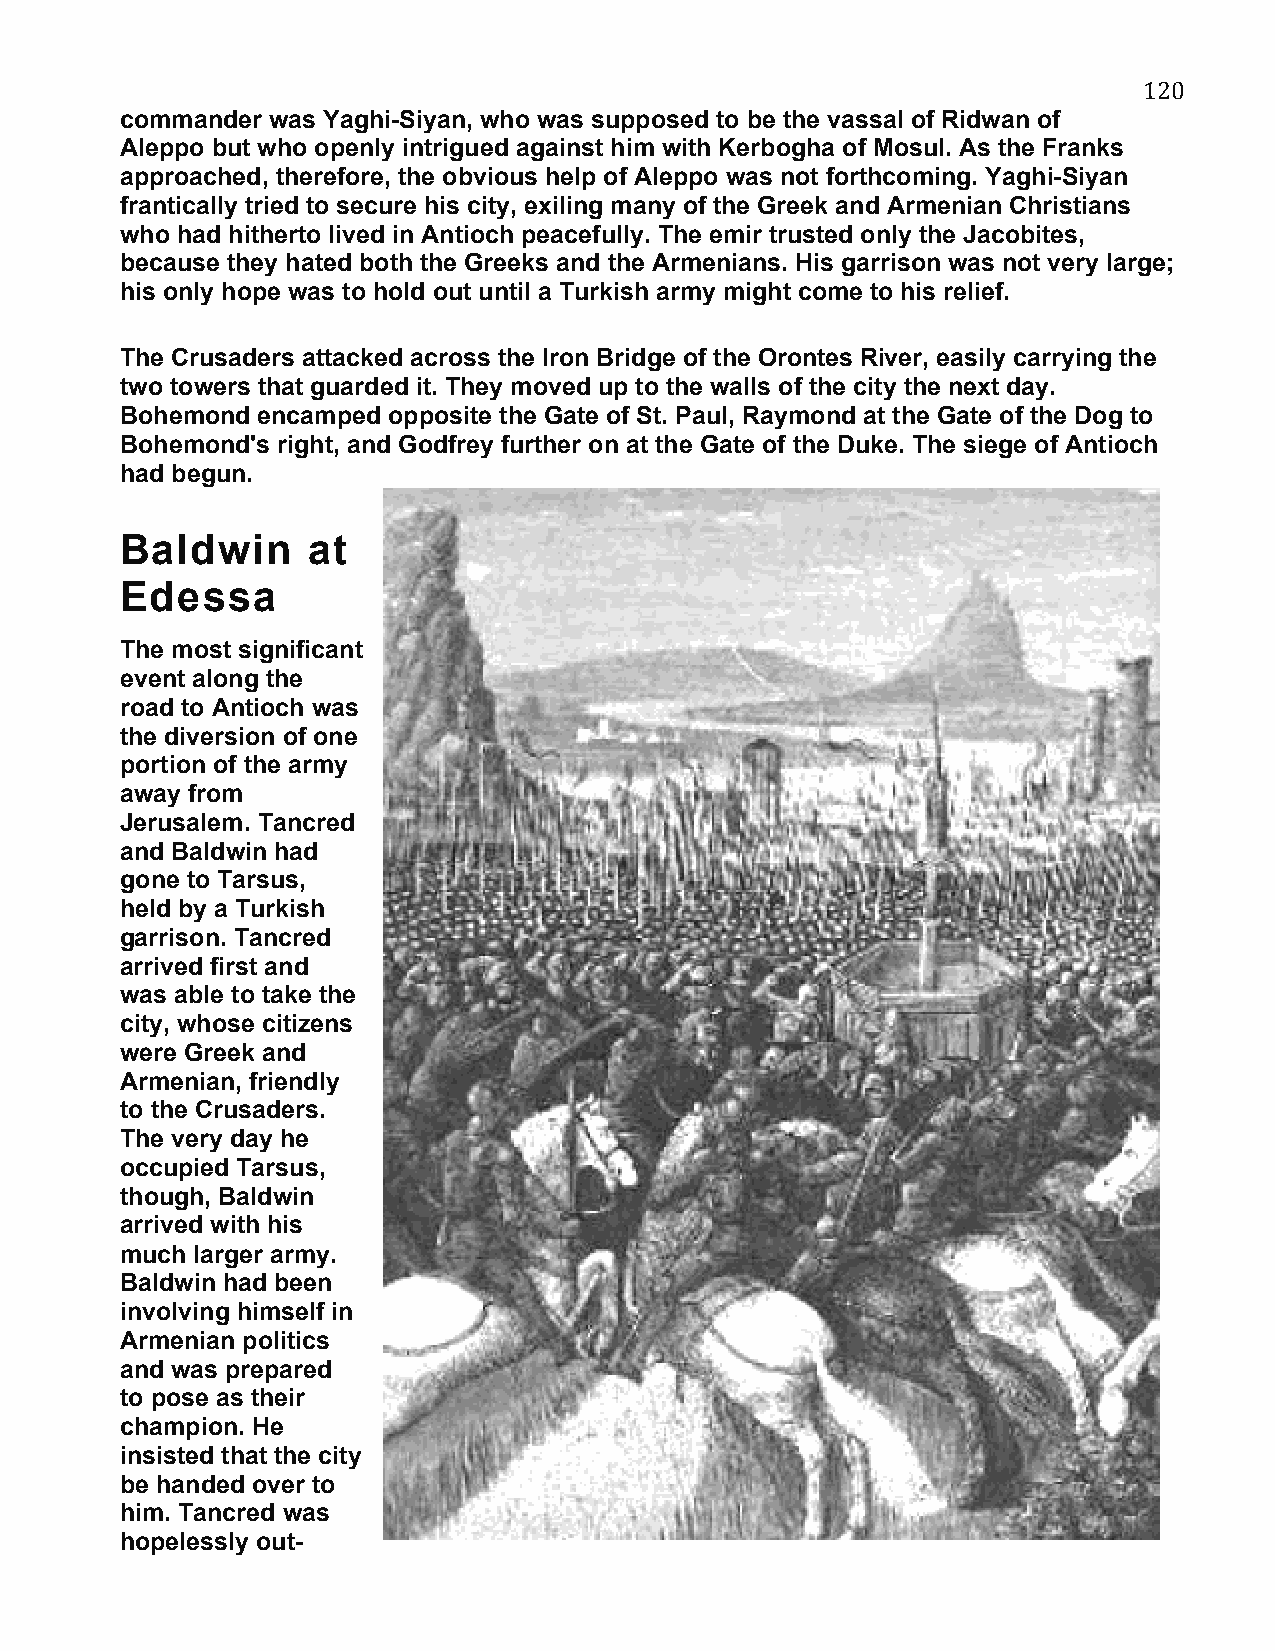
120
 commander was Yaghi-Siyan, who was supposed to be the vassal of Ridwan of
 Aleppo but who openly intrigued against him with Kerbogha of Mosul. As the Franks
 approached, therefore, the obvious help of Aleppo was not forthcoming. Yaghi-Siyan
 frantically tried to secure his city, exiling many of the Greek and Armenian Christians
 who had hitherto lived in Antioch peacefully. The emir trusted only the Jacobites,
 because they hated both the Greeks and the Armenians. His garrison was not very large;
 his only hope was to hold out until a Turkish army might come to his relief.
 The Crusaders attacked across the Iron Bridge of the Orontes River, easily carrying the
 two towers that guarded it. They moved up to the walls of the city the next day.
 Bohemond encamped opposite the Gate of St. Paul, Raymond at the Gate of the Dog to
 Bohemond's right, and Godfrey further on at the Gate of the Duke. The siege of Antioch
 had begun.
 Baldwin     at
 Edessa
 The most significant
 event along the
 road to Antioch was
 the diversion of one
 portion of the army
 away from
 Jerusalem. Tancred
 and Baldwin had
 gone to Tarsus,
 held by a Turkish
 garrison. Tancred
 arrived first and
 was able to take the
 city, whose citizens
 were Greek and
 Armenian, friendly
 to the Crusaders.
 The very day he
 occupied Tarsus,
 though, Baldwin
 arrived with his
 much larger army.
 Baldwin had been
 involving himself in
 Armenian politics
 and was prepared
 to pose as their
 champion. He
 insisted that the city
 be handed over to
 him. Tancred was
 hopelessly out-